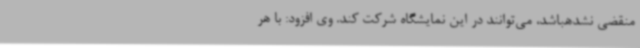
منقضی نشدهباشد، می‌توانند در این نمایشگاه شرکت کند. وی افزود: با هر